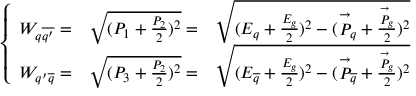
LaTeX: \left\{ \begin{array} { l l l } { { W _ { q { \overline { { { q ^ { \prime } } } } } } = } } & { { \sqrt { ( P _ { 1 } + { \frac { P _ { 2 } } { 2 } } ) ^ { 2 } } = } } & { { \sqrt { ( E _ { q } + { \frac { E _ { g } } { 2 } } ) ^ { 2 } - ( { \stackrel { \rightarrow } P _ { q } } + { \frac { \stackrel { \rightarrow } P _ { g } } { 2 } } ) ^ { 2 } } } } \\ { { W _ { { q ^ { \prime } } { \overline { { { q } } } } } = } } & { { \sqrt { ( P _ { 3 } + { \frac { P _ { 2 } } { 2 } } ) ^ { 2 } } = } } & { { \sqrt { ( E _ { \overline { { { q } } } } + { \frac { E _ { g } } { 2 } } ) ^ { 2 } - ( { \stackrel { \rightarrow } P _ { \overline { { { q } } } } } + { \frac { \stackrel { \rightarrow } P _ { g } } { 2 } } ) ^ { 2 } } } } \end{array} \right.